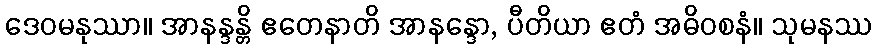
ဒေဝမနုဿာ။ အာနန္ဒန္တိ ဧတေနာတိ အာနန္ဒော, ပီတိယာ ဧတံ အဓိဝစနံ။ သုမနဿ